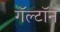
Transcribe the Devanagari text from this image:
गॅल्टॉन